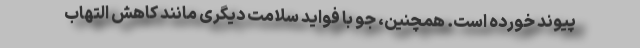
پیوند خورده است. همچنین، جو با فواید سلامت دیگری مانند کاهش التهاب